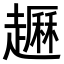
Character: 𧽺